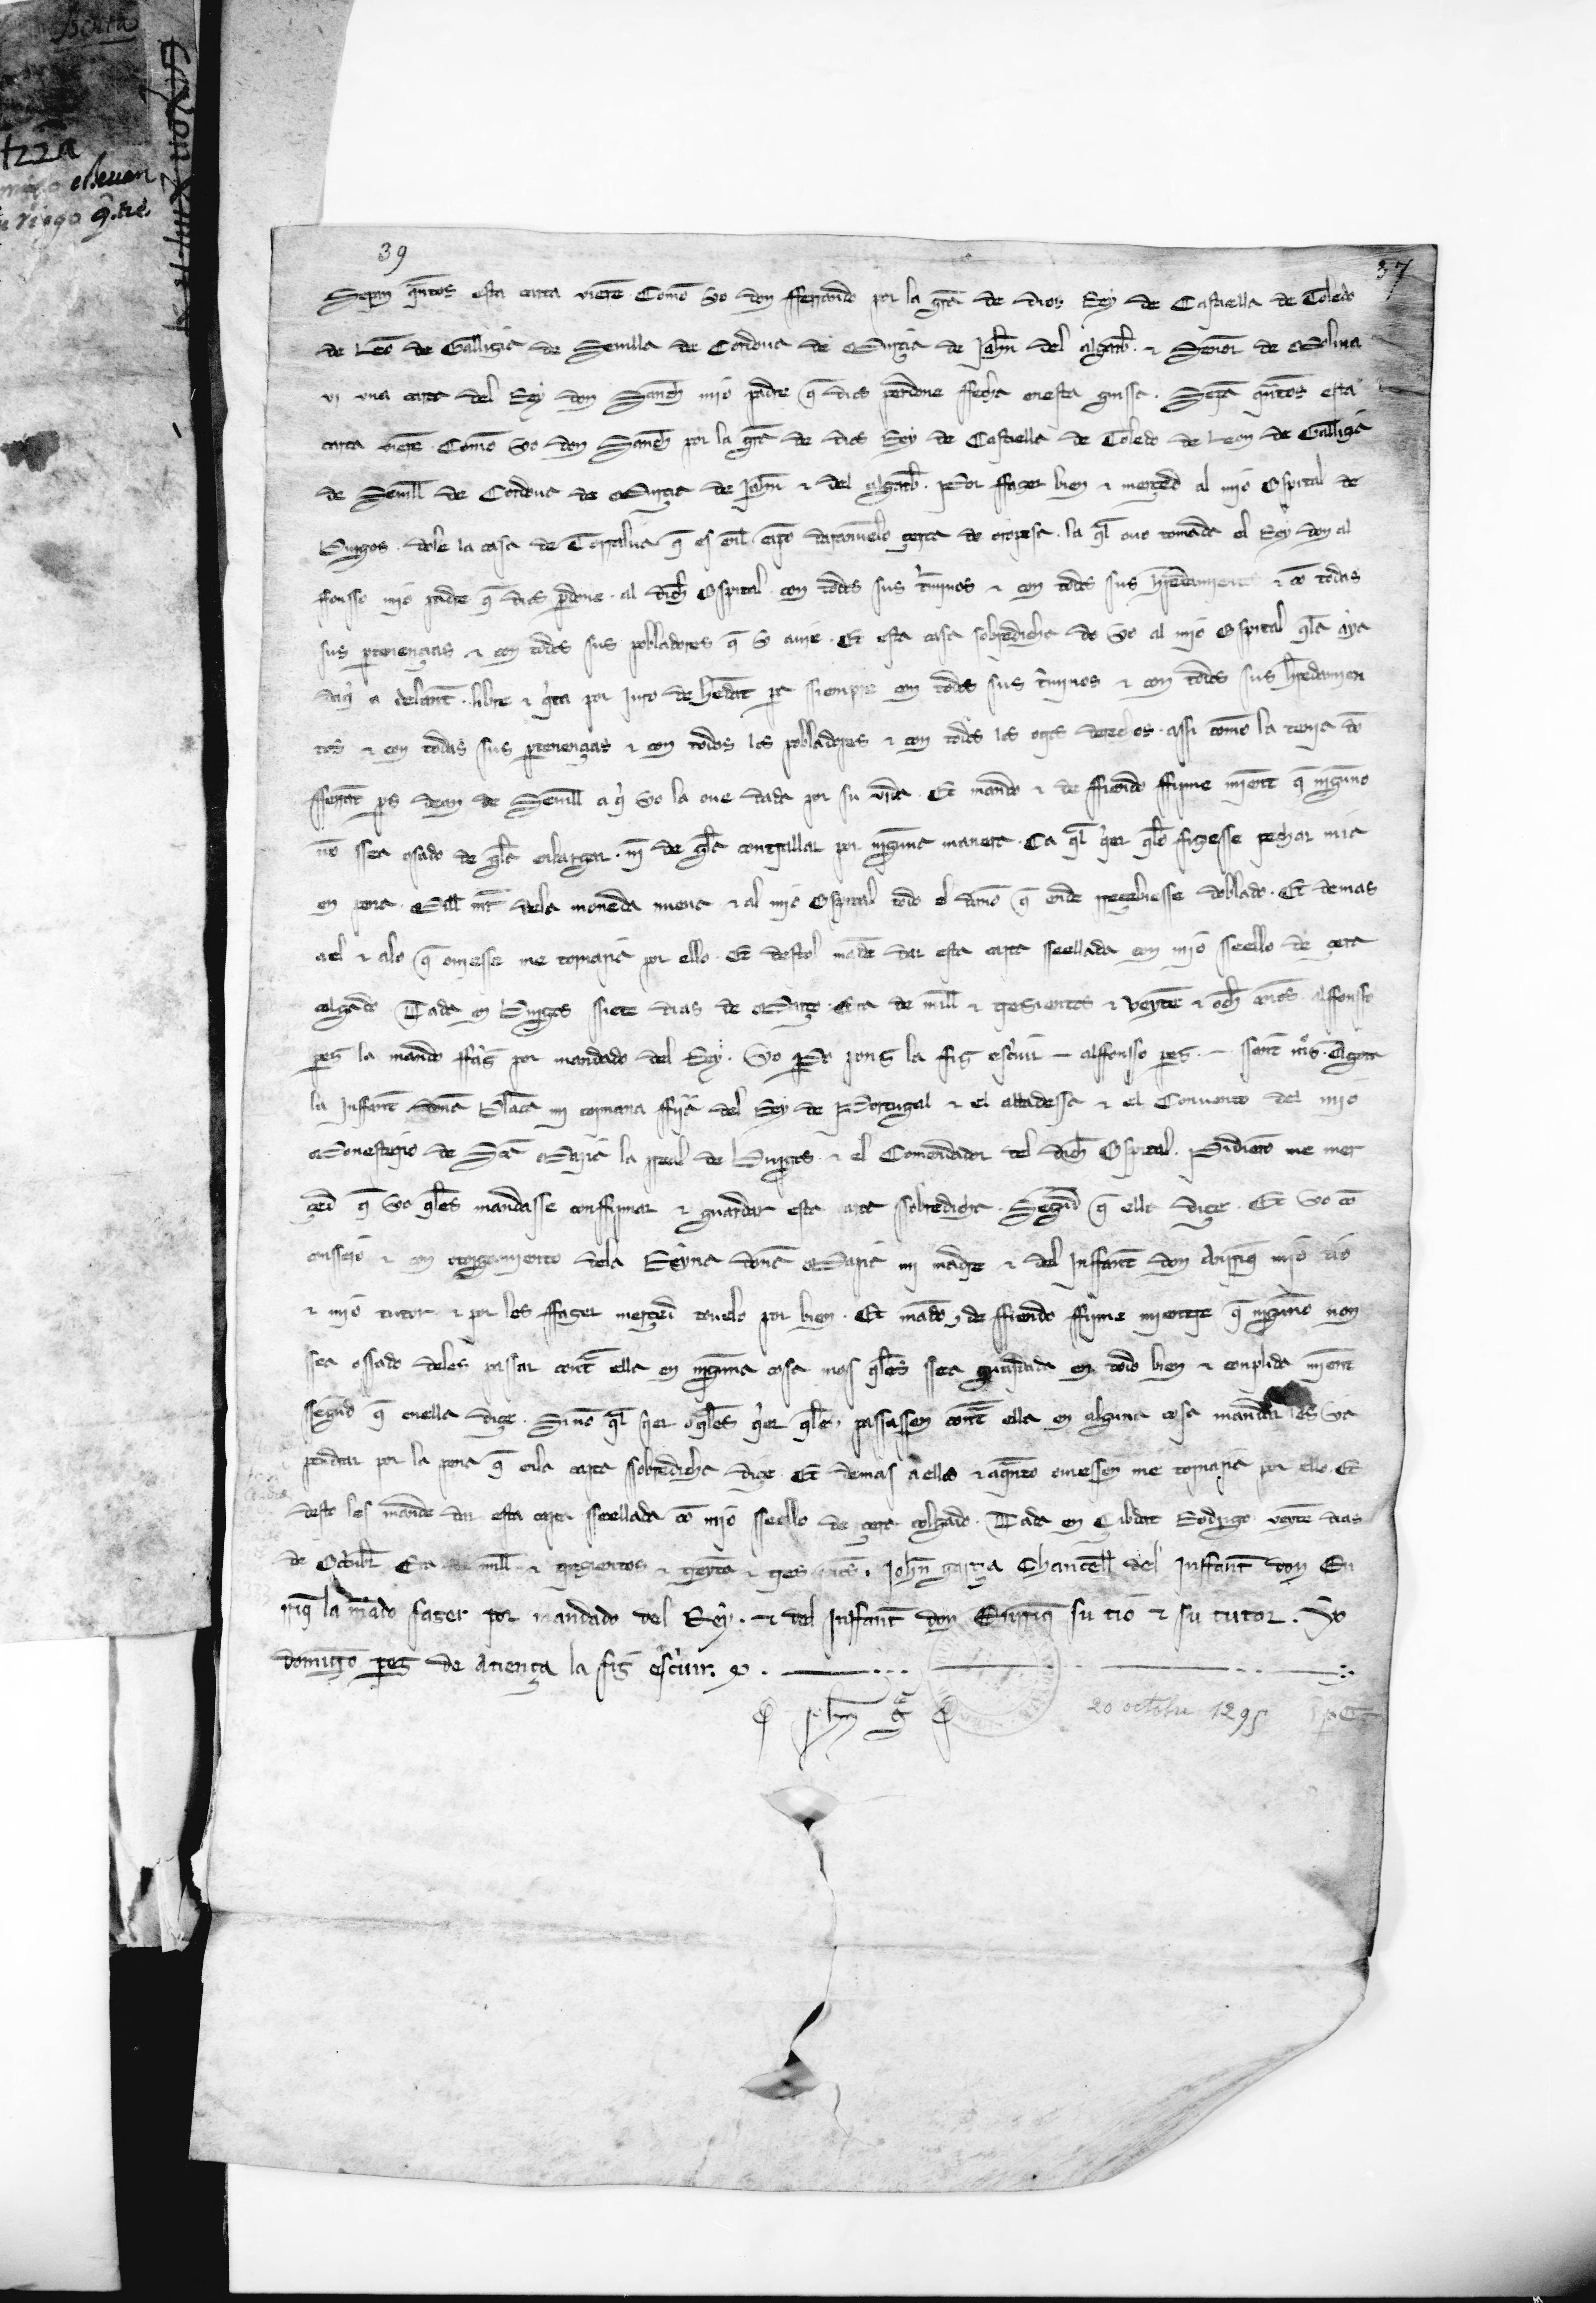
Shelfmark: Paris, BnF, esp. 480
Century: 13